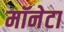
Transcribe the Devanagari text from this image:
मॉनेटा